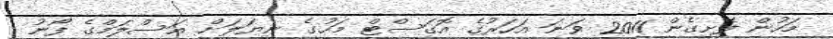
މަހުން ފެށިގެން 2011 ވަނަ އަހަރުގެ އޮގަސްޓް މަހުގެ ނިޔަލަށް އަސްލަމްގެ ފޯނު